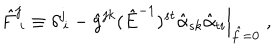
\hat { F } ^ { j } \! _ { i } \equiv \left. \delta ^ { j } \! _ { i } - \hat { g } ^ { j k } ( \hat { E } ^ { - 1 } ) ^ { s t } \hat { \alpha } _ { s k } \hat { \alpha } _ { t i } \right| _ { \hat { f } = 0 } \; ,